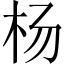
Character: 杨